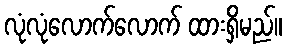
လုံလုံလောက်လောက် ထားရှိမည်။